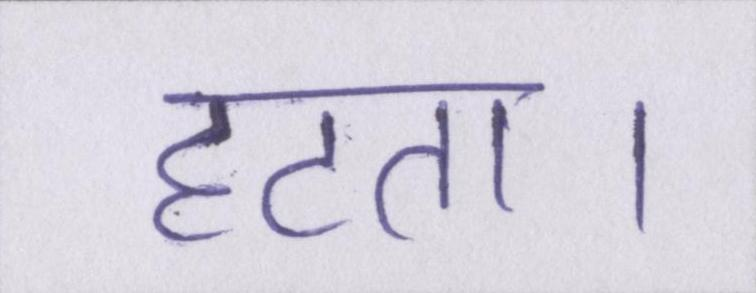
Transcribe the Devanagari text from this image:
हटता।